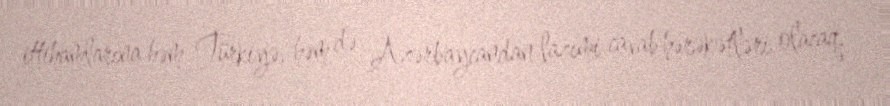
ittihamlarına həm Türkiyə, həm də Azərbaycandan lazımi cavab hərəkətləri olacaq.